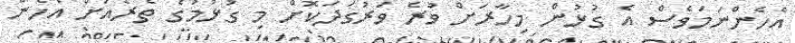
އެހެންނަމަވެސް އެ ގުޅުން މިހާރަށް ވުރެ ވަރުގަދަކޮށް މި ގުޅުމުގެ ތެރެއަށް އެހެން